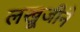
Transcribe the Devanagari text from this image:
लखूजीने